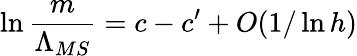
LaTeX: \ln\frac{m}{\Lambda_{MS}}=c-c^{\prime}+O(1/\ln h)